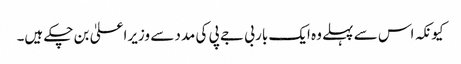
کیونکہ اس سے پہلے وہ ایک بار بی جے پی کی مدد سے وزیراعلیٰ بن چکے ہیں۔